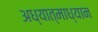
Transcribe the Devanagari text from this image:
अध्यात्माध्यान